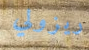
ريزولي